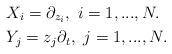
LaTeX: \begin{align*} & X_i= \partial_{z_i},\ i=1,...,N. \\ &Y_j = z_j \partial_t,\ j=1, ...,N. \end{align*}